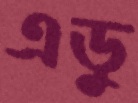
এডু